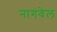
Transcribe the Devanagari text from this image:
नागवेल